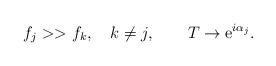
LaTeX: \begin{align*}f_j >> f_k, \quad k\not=j, \qquad T \rightarrow {\rm e}^{i\alpha_j}.\end{align*}